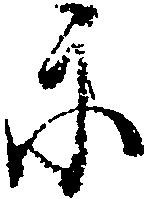
示